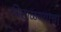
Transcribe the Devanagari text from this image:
पिटाळण्याचा